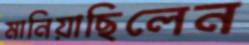
মানিয়াছিলেন